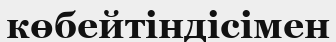
көбейтіндісімен